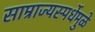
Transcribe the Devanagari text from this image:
साम्राज्यस्पर्धेमुळे